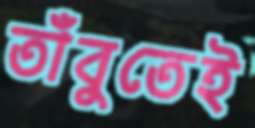
তাঁবুতেই